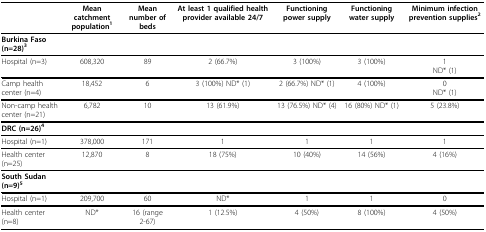
<table><thead><tr><td></td><td><b>Mean catchment population<sup>1</sup></b></td><td><b>Mean number of beds</b></td><td><b>At least 1 qualified health provider available 24/7</b></td><td><b>Functioning power supply</b></td><td><b>Functioning water supply</b></td><td><b>Minimum infection prevention supplies<sup>2</sup></b></td></tr></thead><tbody><tr><td><b>Burkina Faso (n=28)<sup>3</sup></b></td><td></td><td></td><td></td><td></td><td></td><td></td></tr><tr><td>Hospital (n=3)</td><td>608,320</td><td>89</td><td>2 (66.7%)</td><td>3 (100%)</td><td>3 (100%)</td><td>1ND* (1)</td></tr><tr><td>Camp health center (n=4)</td><td>18,452</td><td>6</td><td>3 (100%) ND* (1)</td><td>2 (66.7%) ND* (1)</td><td>4 (100%)</td><td>0ND* (1)</td></tr><tr><td>Non-camp health center (n=21)</td><td>6,782</td><td>10</td><td>13 (61.9%)</td><td>13 (76.5%) ND* (4)</td><td>16 (80%) ND* (1)</td><td>5 (23.8%)</td></tr><tr><td><b>DRC (n=26)<sup>4</sup></b></td><td></td><td></td><td></td><td></td><td></td><td></td></tr><tr><td>Hospital (n=1)</td><td>378,000</td><td>171</td><td>1</td><td>1</td><td>1</td><td>1</td></tr><tr><td>Health center (n=25)</td><td>12,870</td><td>8</td><td>18 (75%)</td><td>10 (40%)</td><td>14 (56%)</td><td>4 (16%)</td></tr><tr><td><b>South Sudan (n=9)<sup>5</sup></b></td><td></td><td></td><td></td><td></td><td></td><td></td></tr><tr><td>Hospital (n=1)</td><td>209,700</td><td>60</td><td>ND*</td><td>1</td><td>1</td><td>0</td></tr><tr><td>Health center (n=8)</td><td>ND*</td><td>16 (range 2-67)</td><td>1 (12.5%)</td><td>4 (50%)</td><td>8 (100%)</td><td>4 (50%)</td></tr></tbody></table>